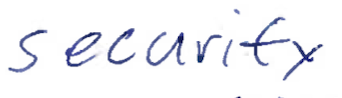
Text: security
Cross-out: clean
Writing tool: ballpoint